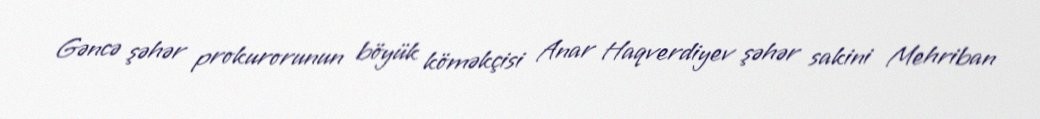
Gəncə şəhər prokurorunun böyük köməkçisi Anar Haqverdiyev şəhər sakini Mehriban